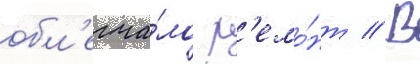
обл'егча́ло р'емо́нт // В